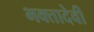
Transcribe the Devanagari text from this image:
भक्तादेवी